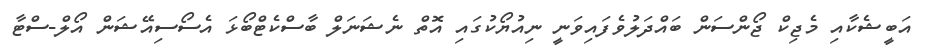
އަބީޝެކާއި މެޖިކް ޖޯންސަން ބައްދަލުވެފައިވަނީ ނިއުޔޯކުގައި އޮތް ނެޝަނަލް ބާސްކެޓްބޯޅަ އެސޯސިއޭޝަން އޯލް-ސްޓާ